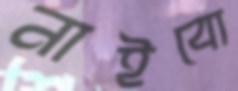
নাইবো